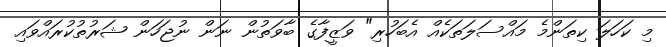
މި ކަހަލަ ކިތަންމެ މައްސަލަތަކެއް އެބަހުރި" ވަޒީފާގެ ބާވަތުން ނަން ނުޖަހަން ޝަރުތުކުރައްވައި